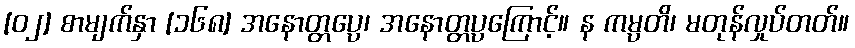
[၀၂] စာမျက်နှာ [၁၆၈] အနောတ္တပ္ပေ၊ အနောတ္တပ္ပကြောင့်။ န ကမ္ပတိ၊ မတုန်လှုပ်တတ်။